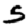
Digit: 5